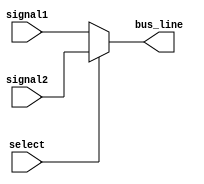
module IO_Bus_Switch (
    input [7:0] signal1,
    input [7:0] signal2,
    input select,
    output [7:0] bus_line
);

assign bus_line = select ? signal2 : signal1;

endmodule